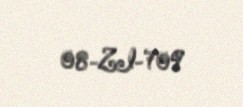
08-ZI-709